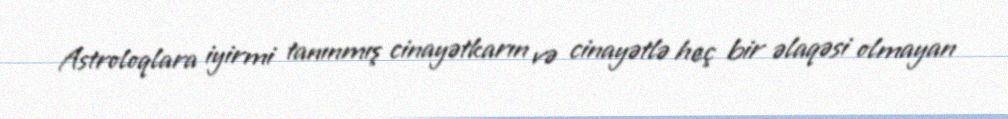
Astroloqlara iyirmi tanınmış cinayətkarın və cinayətlə heç bir əlaqəsi olmayan